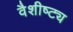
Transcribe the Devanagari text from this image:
वैशीष्ट्य